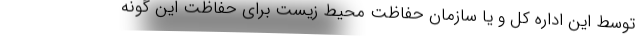
توسط این اداره کل و یا سازمان حفاظت محیط زیست برای حفاظت این گونه